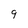
Character: 9